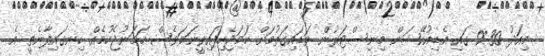
މިއަދު 9:30 ގައި އެޑިއުކޭޝަން މިނިސްޓަރުން ވަޑައިގަތުމަށް ހަމަޖެހިފައިވީނަމަވެސް ހަމަނުޖެހުމެއް ހިނގައިފާނެތީ އެ